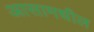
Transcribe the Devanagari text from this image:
आसामधील